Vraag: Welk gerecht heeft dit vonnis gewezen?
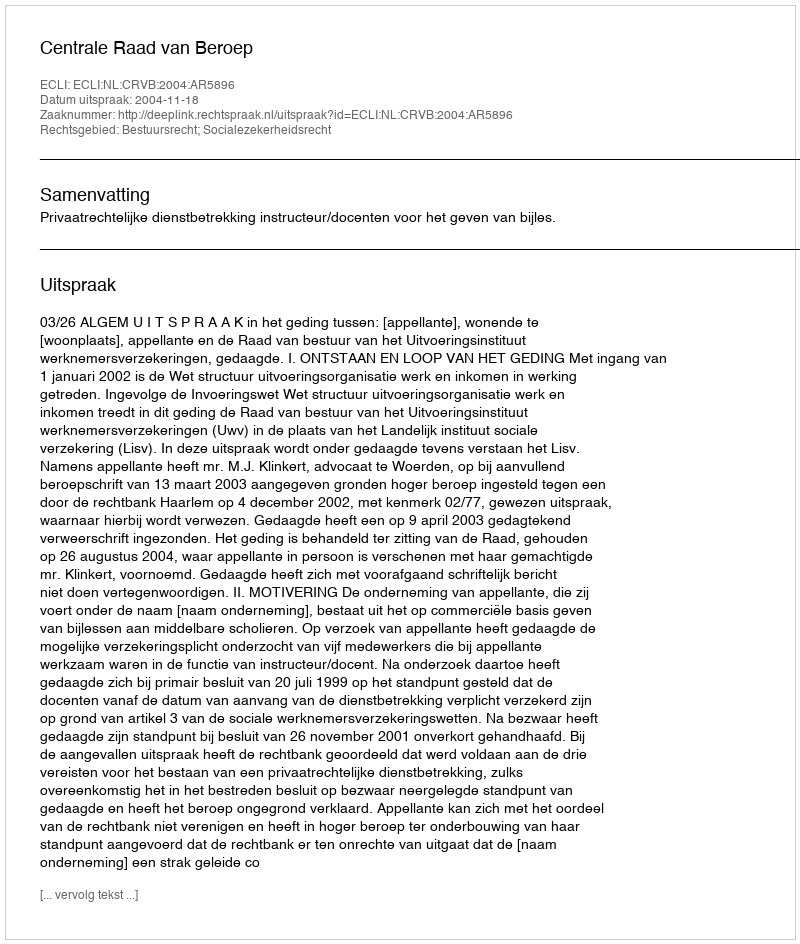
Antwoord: Centrale Raad van Beroep